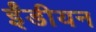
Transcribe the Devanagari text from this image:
ईंडीयन